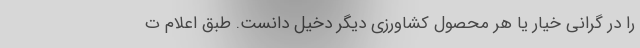
را در گرانی خیار یا هر محصول کشاورزی دیگر دخیل دانست. طبق اعلام ت